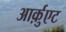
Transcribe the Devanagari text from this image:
आर्क़ुएट